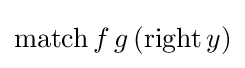
\mathrm {match} \,f\,g\,(\mathrm {right} \,y)